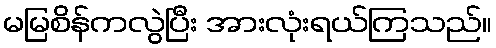
မမြစိန်ကလွဲပြီး အားလုံးရယ်ကြသည်။